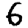
Digit: 6